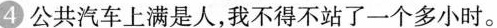
公共汽车上满是人，我不得不站了一个多小时。